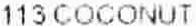
113 COCONUT